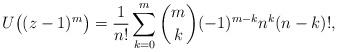
LaTeX: \begin{align*} U\bigl((z-1)^m\bigr) = \frac1{n!} \sum_{k=0}^m \binom{m}{k} (-1)^{m-k} n^k (n-k)!, \end{align*}